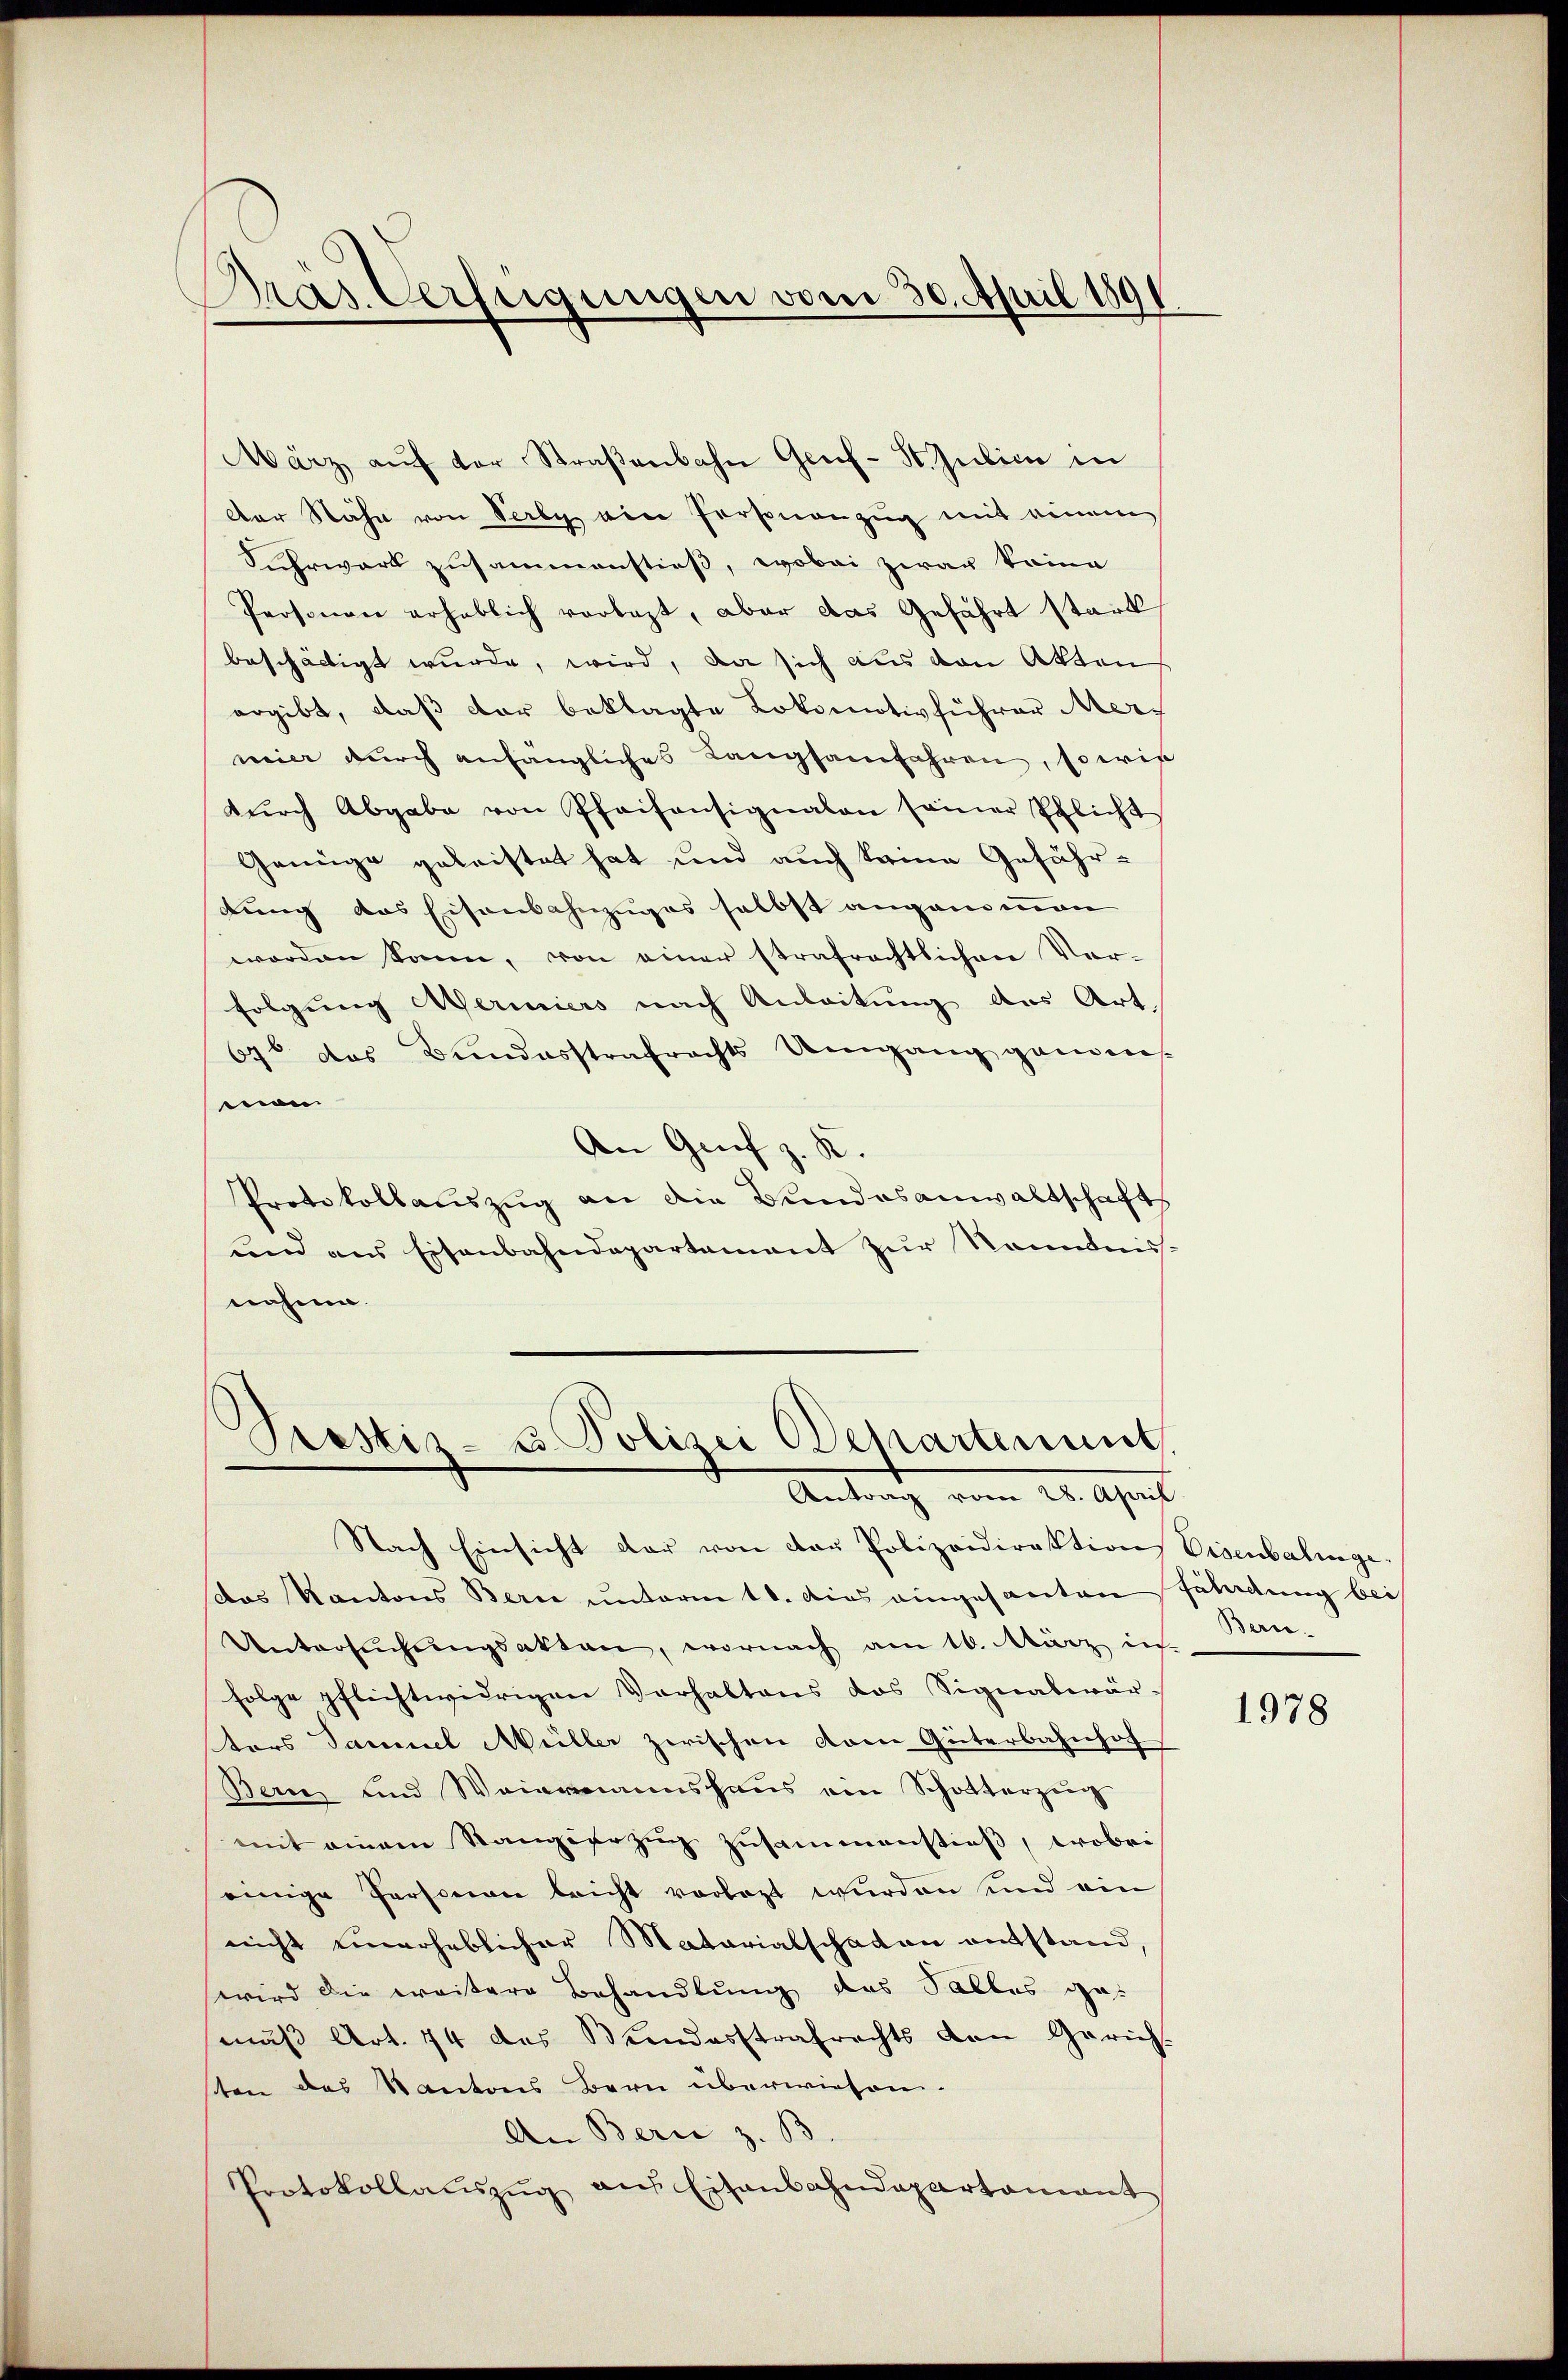
Pras Verfügungen vom 30. April 1891

März aŭf der Straβenbahn Geif- St. Gubica in
Der Nähe von Serby ein Personenzug mit einem
Suhrwart zusammenstieß, wobei zwar keine
Prosonen erheblich vorlegt, aber das Gefährt stark
beschäftigt wurde, wird, da sich aus den Akten
ergibt, daß der beklagte Lokomotivführer Mermier durch anfängliches Langsamfahren, sowie
dŭrch Abgabe von Pfeifensignalen seiner Pflicht
Genüge geleistet hat und auch keine Gefähr-
dung das Eisenbahnzuges selbst angenommen
worden kann, von einer strafrechtlichen Vor-
folgung Meriniers nach Anleitung des Art.
67 das Bundesstrafrechts Umgang ganzen.
mon
An Grief z. B. |
Protokollauszug an die Bundesanwaltschafts
und aus Eisenbahndepartement zur Kenntnissnahme.

Prestir- u Polizei Departement
Antrag vom 24. April

Nach Einsicht der von der Polizeidirektion Eisenbalinge.
das Kantons Bern unterm 10. dies eingesanten Fäladung bei
Untersŭchŭngsakten, wornach am 16. März in
folge pflichtwidrigen Verhaltens das Signatwär-
tors Samuel Müller zwischen vom Güterbahnhof
Bern und Weiermannshaus ein Schotterzug
mit einem Rangierzug zusammenstieß, wobei
einige Personen leicht vorlegt wurden und ein
nicht unerheblicher Matarialschaten entstand,
wird die weitere Behandlung des Salles gemäβ Art. 74 des Bundesstrafrechts den Gerich.
ten des Kantons Bern überwiesen-
An Bern z. B.
Protokollaŭszŭg aŭf Eisenbahndepartamant

Beri

1978